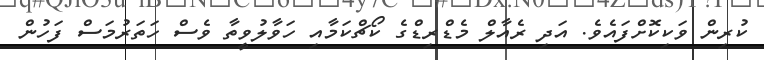
ކުރިން ވަކިކޮށްފައެވެ. އަދި ރެއާލް މެޑްރިޑްގެ ކޯޗްކަމާއި ހަވާލުވީތާ ވެސް ހަތަރުމަސް ފަހުން